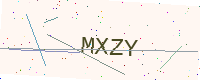
Text: MXZY